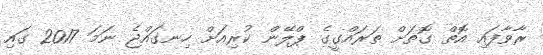
ރާވާފައި އޮތް ގޮތަށް ތަރައްގީގެ ޕްލޭން ކުރިއަށް ހިނގައްޖެ ނަމަ 2017 ގައި